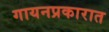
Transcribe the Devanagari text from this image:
गायनप्रकारात